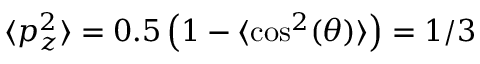
\langle p _ { z } ^ { 2 } \rangle = 0 . 5 \left( 1 - \langle \cos ^ { 2 } ( \theta ) \rangle \right) = 1 / 3